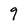
Character: 9